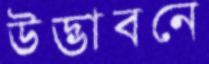
উদ্ভাবনে